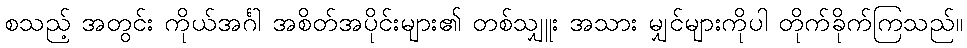
စသည့် အတွင်း ကိုယ်အင်္ဂါ အစိတ်အပိုင်းများ၏ တစ်သျှူး အသား မျှင်များကိုပါ တိုက်ခိုက်ကြသည်။